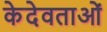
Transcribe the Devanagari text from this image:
केदेवताओं